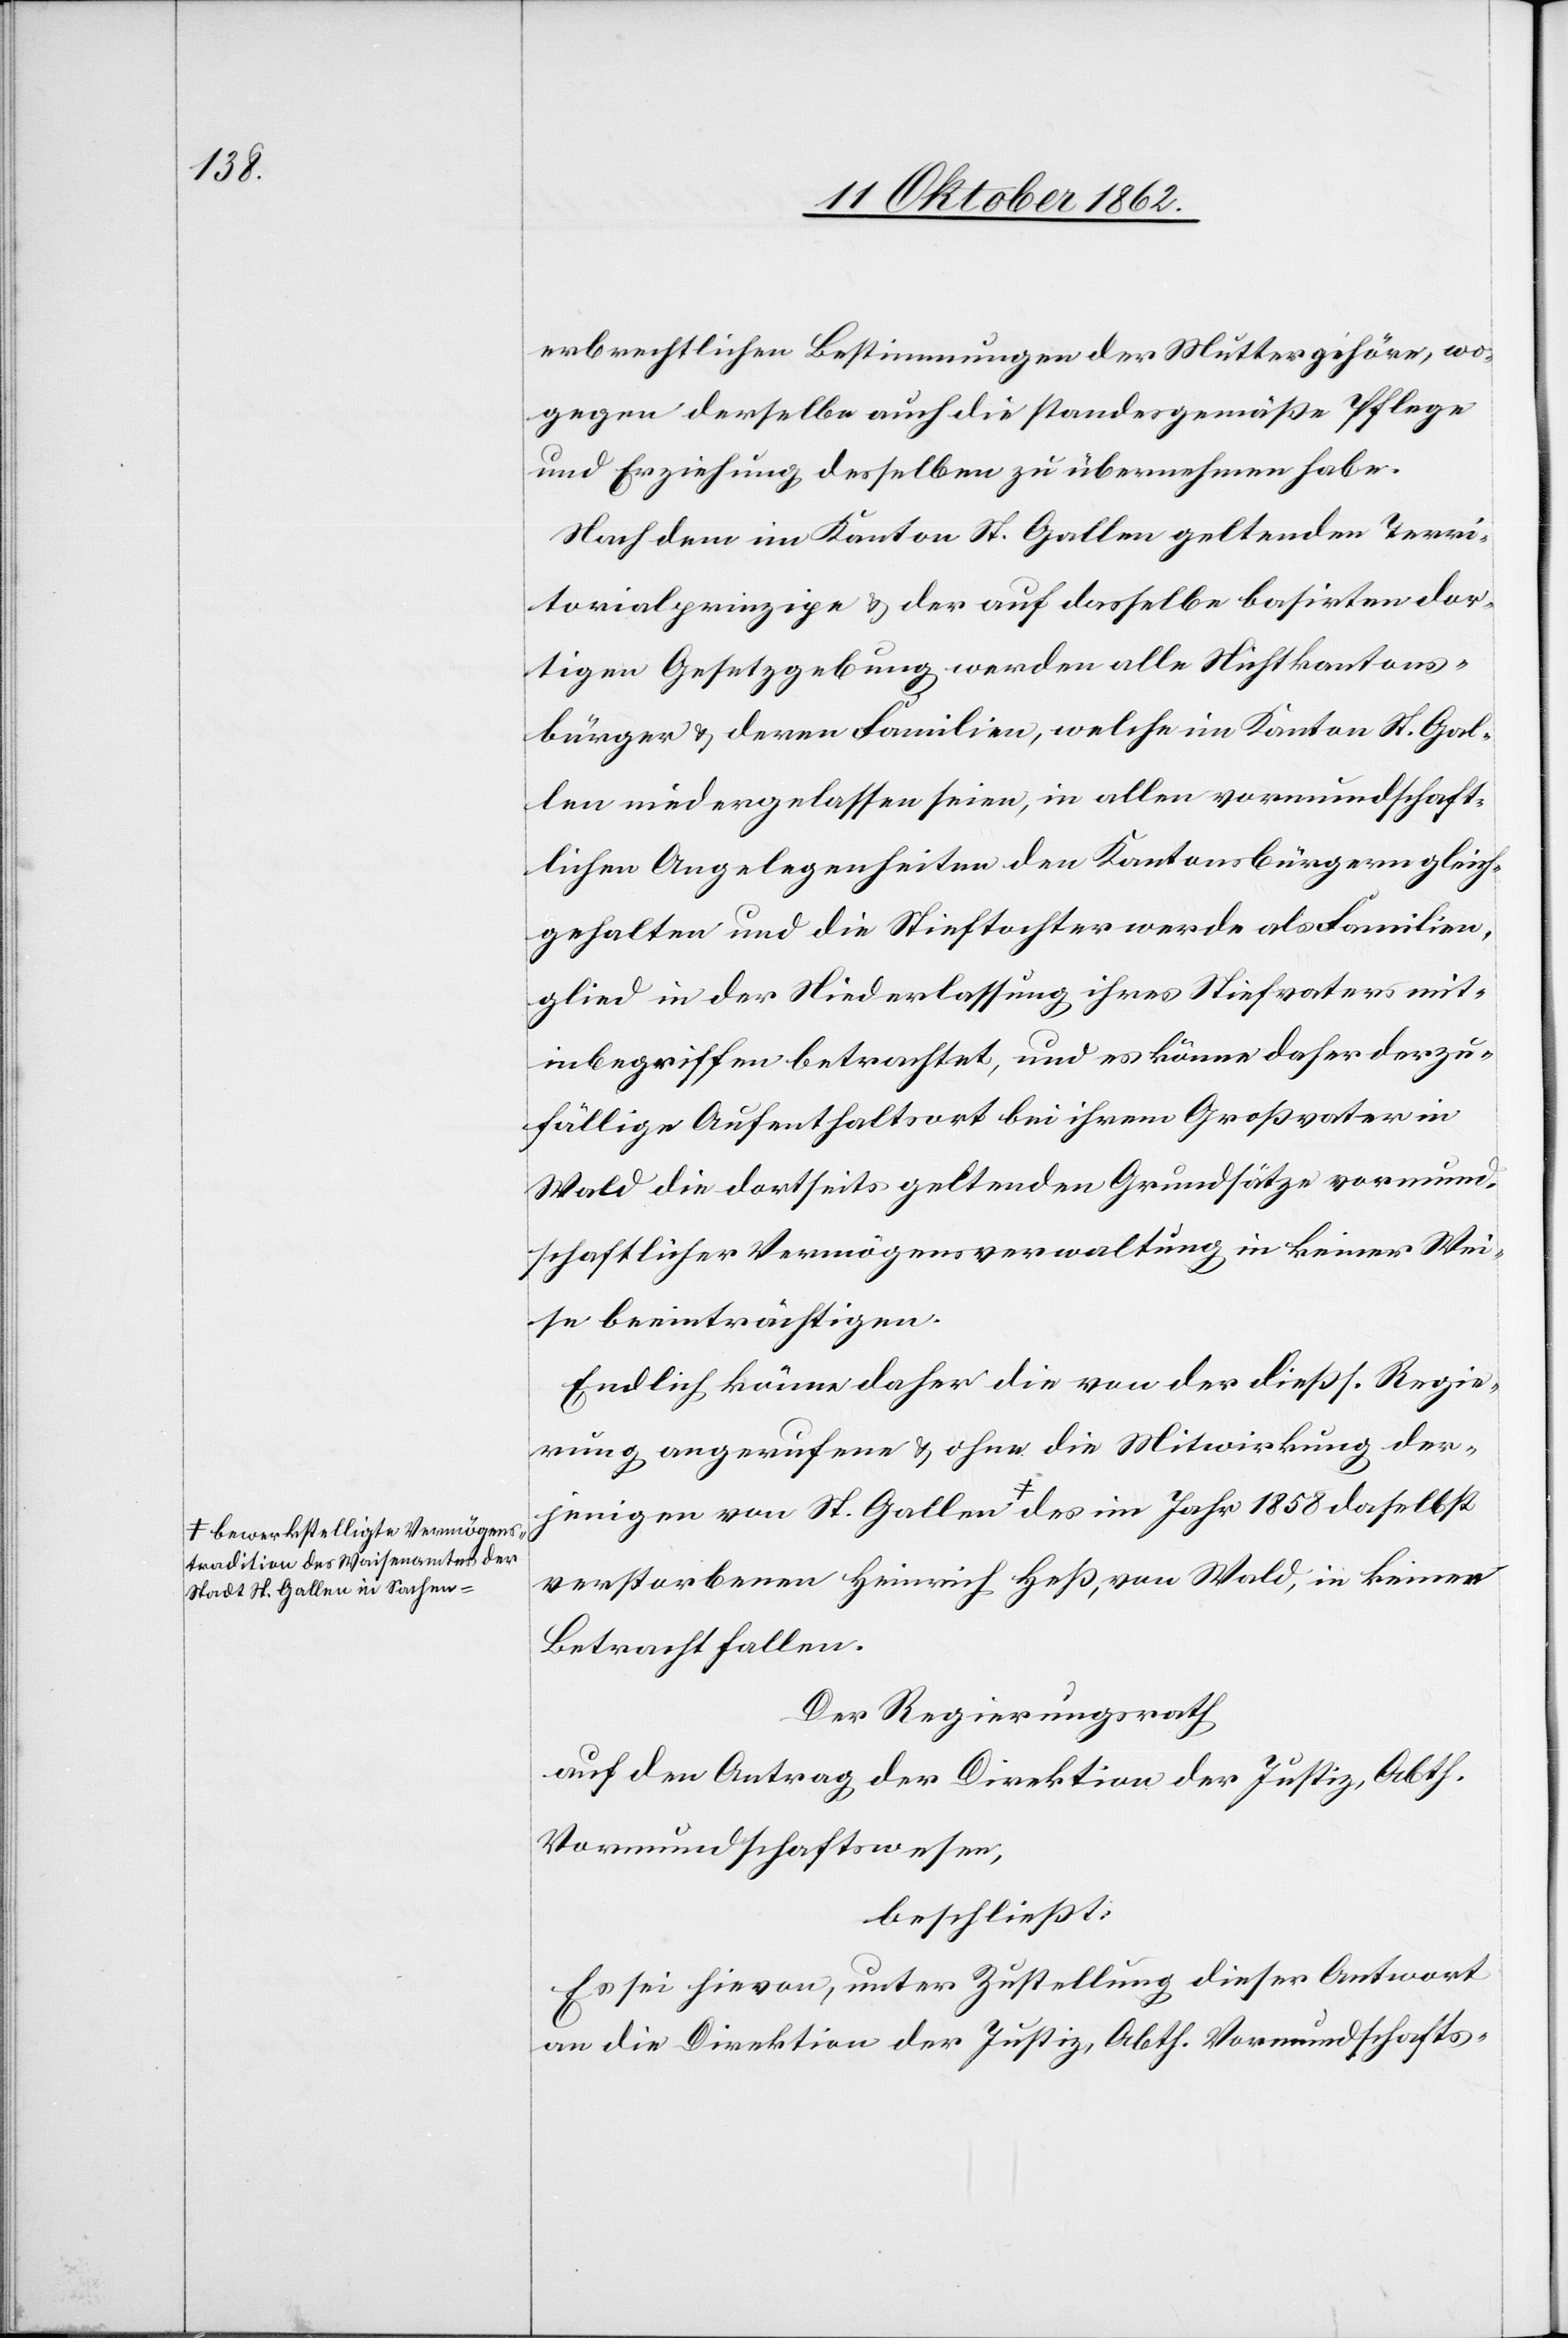
1858

Stadt St. Gallen in Sachen-a

erberechtlichen Bestimmungen der Mutter gehöre, wo¬
gegen derselbe auch die standesgemäßer Pflege
und Erziehung desselben zu übernehmen habe.
Nach dem im Kanton St. Gallen geltenden Terri¬
torialprinzipe u. der auf dasselbe basirten dor¬
tigen Gesetzgebung werden alle Nichtkantons¬
bürger u. deren Familien, welche im Kanton St. Gal¬
len niedergelassen seien, in allen vormundschaft¬
lichen Angelegenheiten den Kantonsbürgern gleich¬
gehalten und die Stieftochter werde als Familien¬
lied in der Niederlassung ihres Stiefvaters mit¬
inbegriffen betrachtet, und es könne daher der zu¬
fällige Aufenthaltsort bei ihrem Großvater in
Wald die dortseits geltenden Grundsätze vormund¬
schaftlicher Vermögensverwaltung in keiner Wei¬
se beeinträchtigen.
Endlich könne daher die von der dießs. Regie¬
rung angerufene u. ohne die Mitwirkung der¬
jenigen von St. Gallen a-bewerkstelligte Vermögenstradition
verstorbenen Heinrich Heß, von Wald, in keinen
Betracht fallen.
Der Regierungsrath
auf den Antrag der Direktion der Justiz, Abth.
Vormundschaftswesen,
beschließt:
Es sei hievon, unter Zustellung dieser Antwort
an die Direktion der Justiz, Abth. Vormundschafts-